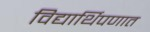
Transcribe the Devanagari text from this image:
विद्यार्थिपणात